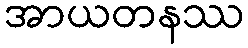
အာယတနဿ